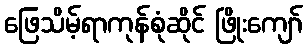
ဖြေသိမ့်ရာကုန်စုံဆိုင် ဖြိုးကျော်